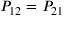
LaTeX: P _ { 1 2 } = P _ { 2 1 }